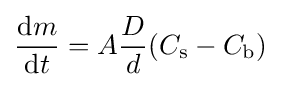
{\frac {\mathrm {d} m}{\mathrm {d} t}}=A{\frac {D}{d}}(C_{\mathrm {s} }-C_{\mathrm {b} })